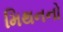
મિથનનો